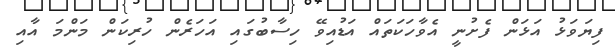
ފިޔަވަޅު އަޅަން ފެށުނީ އެވާހަކަތައް އަޑުއިވޭ ހިސާބުގައި އަހަރެން ހުރިކަން މަންމަ އާއި